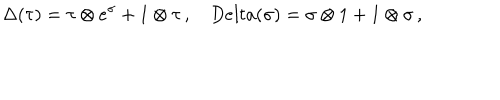
LaTeX: \Delta ( \tau ) = \tau \otimes e ^ { \sigma } + 1 \otimes \tau \, , \ \ \ \, D e l t a ( \sigma ) = \sigma \otimes 1 + 1 \otimes \sigma \, ,